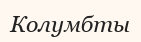
Колумбты